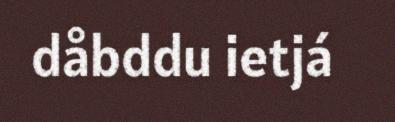
dåbddu ietjá